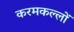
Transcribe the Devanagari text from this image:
करमकल्लों